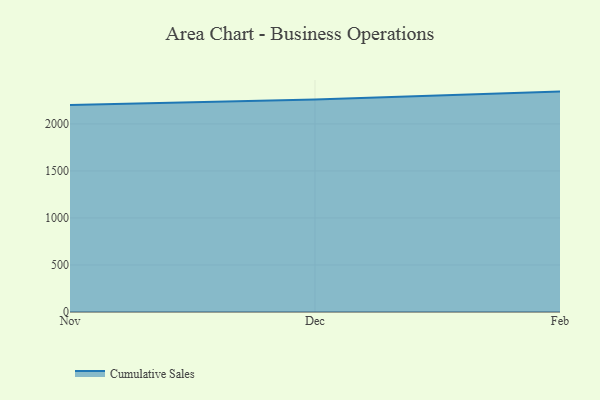
{"axis": {"x": "Month", "y": "Website Visitors"}, "legend": ["Cumulative Sales"], "data": [{"x": "Nov", "y": 2202.1, "type": "Cumulative Sales"}, {"x": "Dec", "y": 2259.0, "type": "Cumulative Sales"}, {"x": "Feb", "y": 2343.4, "type": "Cumulative Sales"}]}